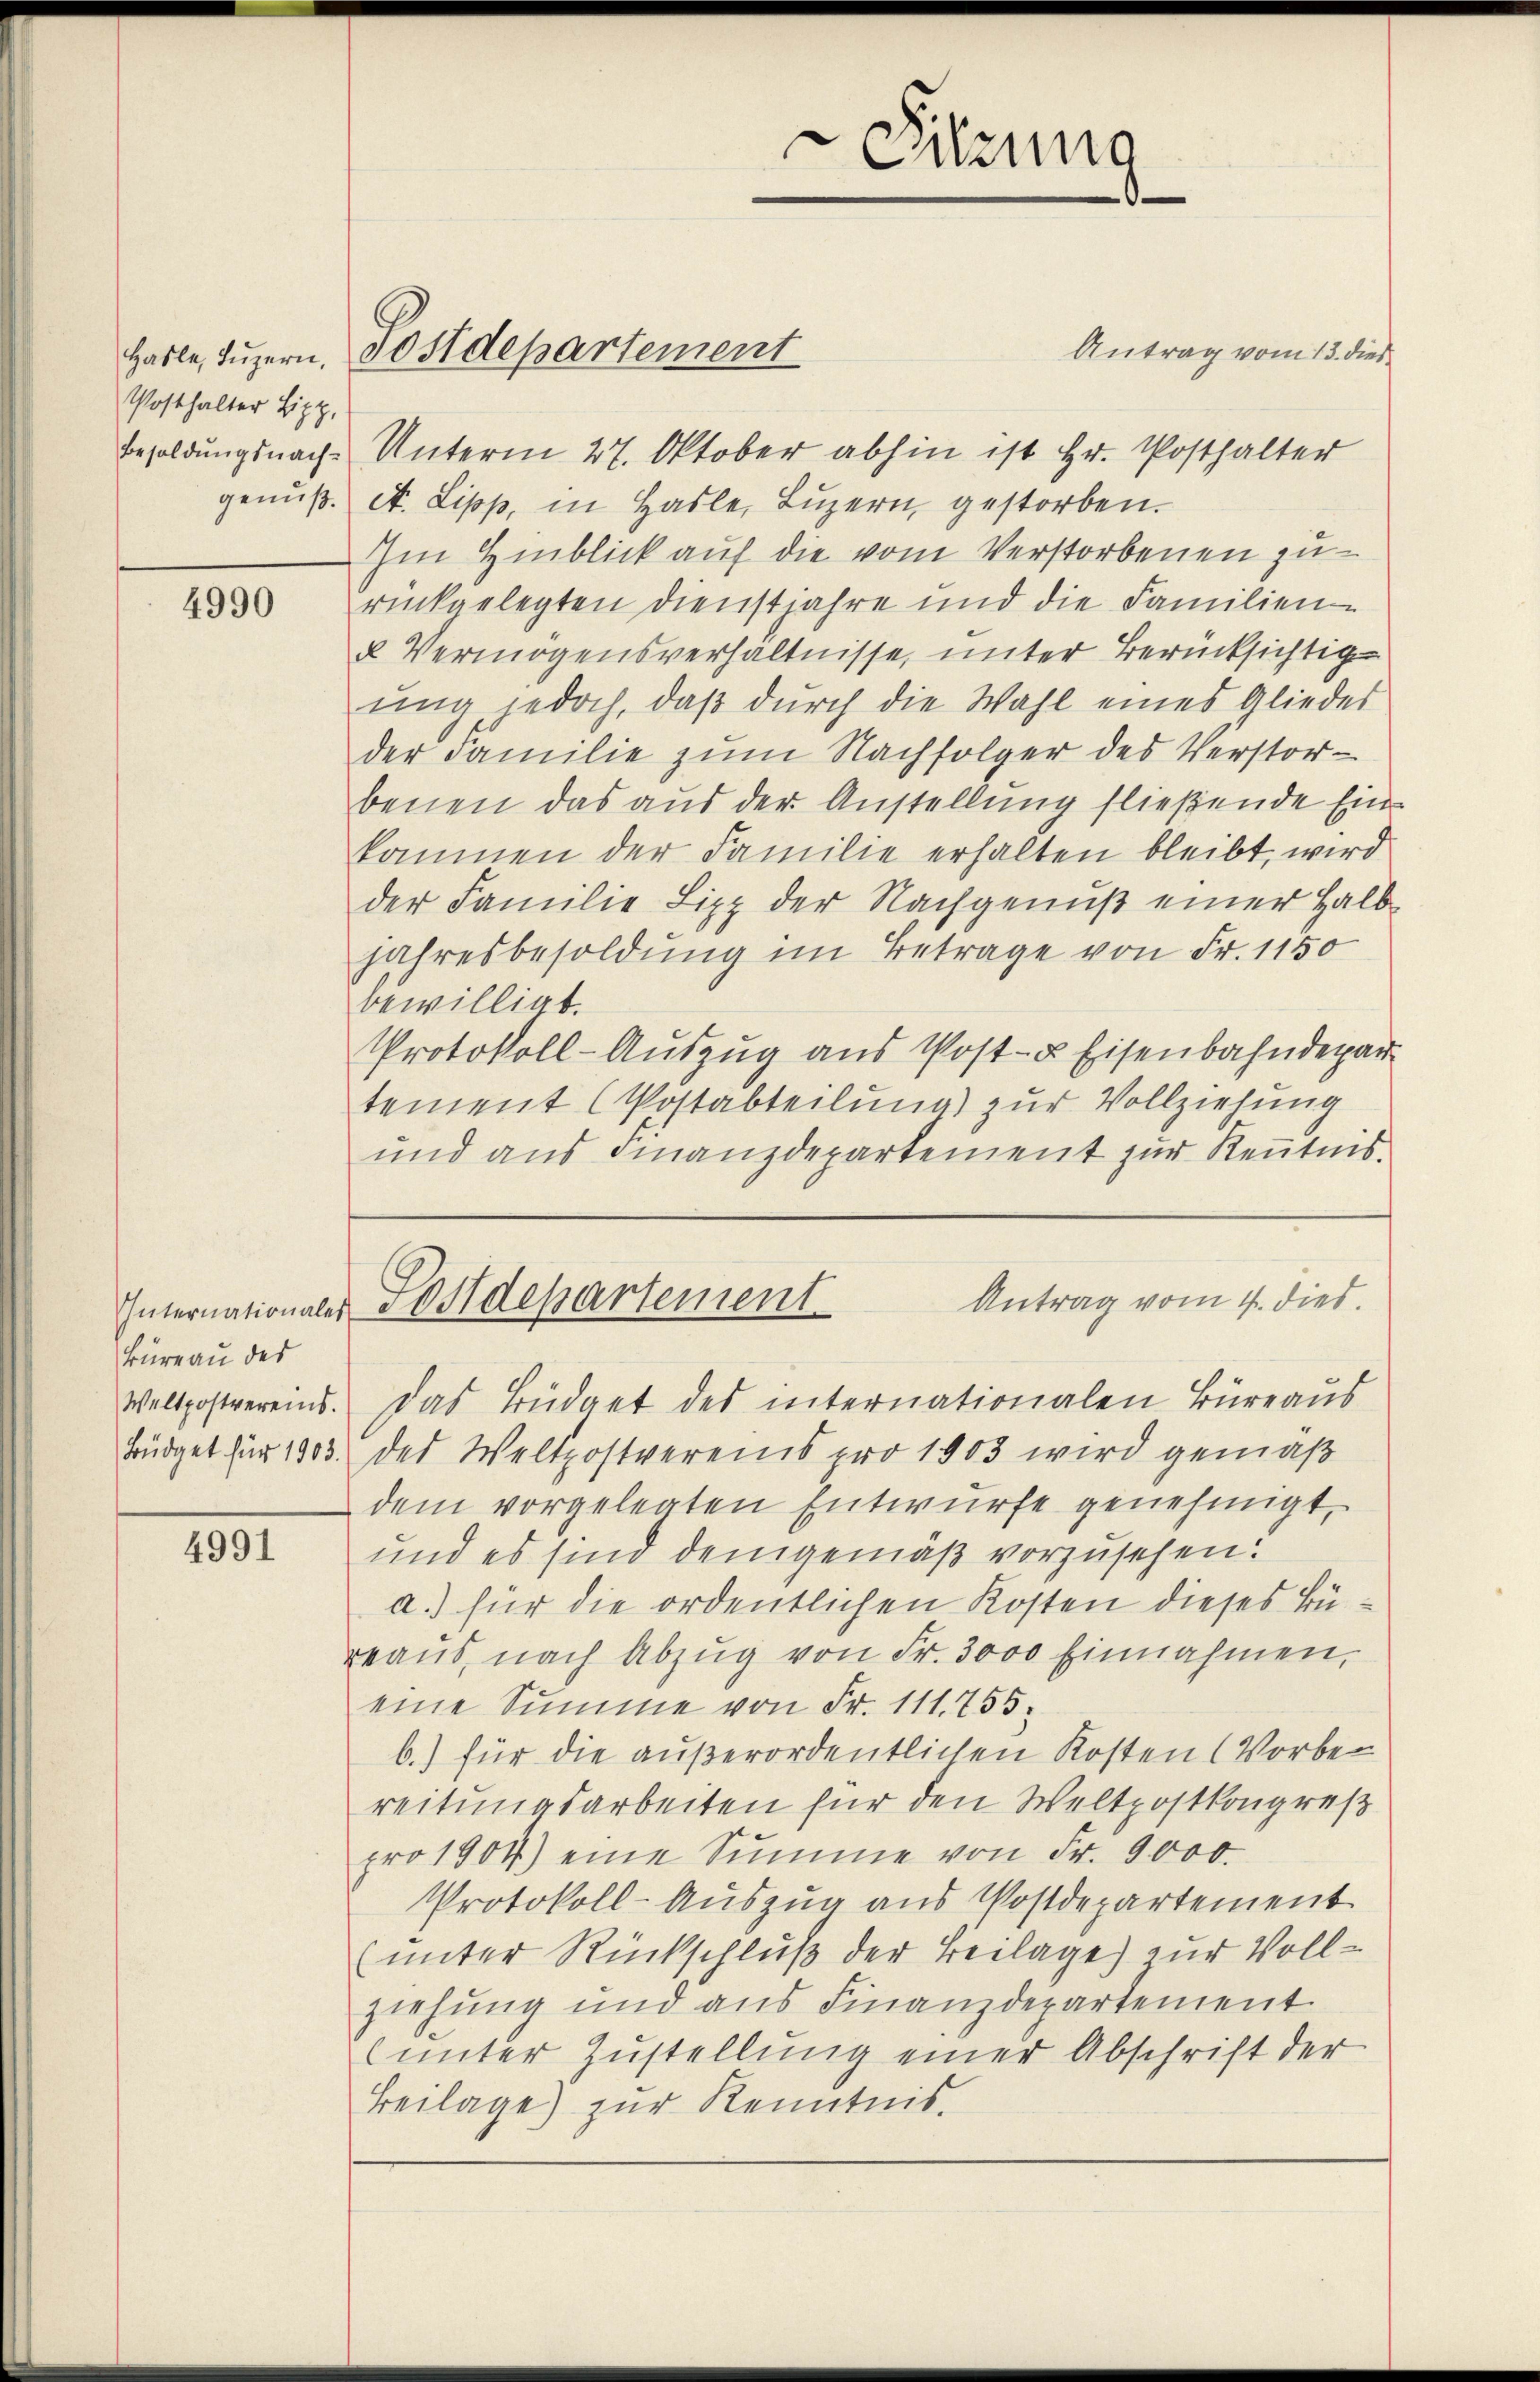
Posthalter Lipp,

4990

Büreau des
Weltpostvereins.
Büdget für 1903.

4991

tement (Postabteilung) zur Vollziehung
und ans Finanzdepartement zŭr Keṅtnis.

Hasle, Lŭzern, 30 Stdepartement

Antrag vom 13. dies
Besoldungsnach Unterm 27. Oktober abhin ist Hr. Posthalter
genuß. A. Lipp, in Hasle, Luzern gestorben.
Im Hinblick auf die vom Verstorbenen zu
rückgelegten Dienstjahre und die Familien-
u Vermögensverhältnisse, unter Berücksichtigŭng jedoch, daβ dŭrch die Wahl eines Gliedes
der Familie zum Nachfolger des Verstorbenen das aus der Anstellung fließende Einkommen der Familie erhalten bleibt, wird
der Familie Lipp der Nachgenuß einer Halb¬
Jahresbesoldung im Betrage von Fr. 1150
bewilligt.
Protokoll-Auszug aus Post- u Eisenbahndepar
Antrag vom 4. dies
Internationales Postdepartement
das Büdget des internationalen Bureaus
des Weltpostvereins pro 1903 wird gemäß
dem vorgelegten Entwurfe genehmigt,
und es sind demgemäß vorzusehen.
a.) für die ordentlichen Kosten dieses Büaŭs, nach Abzŭg von Fr. 3000 Einnahmen,
eine Summe von Fr. 111. 755.
b.) für die außerordentlichen Kosten (Vorbereitungsarbeiten für den Weltpostkongreß
pro 1904) eine Summe von Fr. 9000.
Protokoll-Auszug aus Postdepartement
(unter Rückschluß der Beilage zur Vollziehung und aus Finanzdepartement
unter Zustellung einer Abschrift der
Beilage) zur Kenntnis.

Sitzung